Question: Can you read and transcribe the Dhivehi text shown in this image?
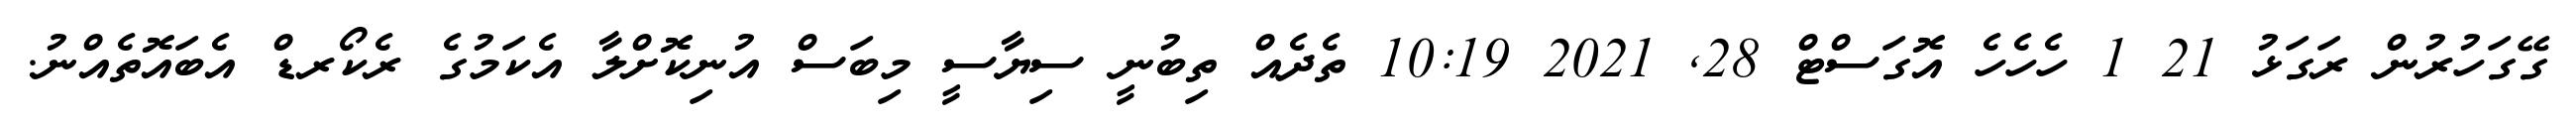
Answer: ގޭގަހުރުން ރަގަޅު 21 1 ހެހެހެ އޮގަސްޓް 28, 2021 10:19 ތެދެއް ތިބުނީ ސިޔާސީ މިބަސް އުނިކޮށްލާ އެކަމުގެ ރެކޯރޑް އެބައޮތެއްނު.